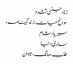
زنا، جنسی تشدد
سوانح حیات، زندگینامہ،
سیریا، شام
ساری دنیا
طلب، مانگ، تاوان